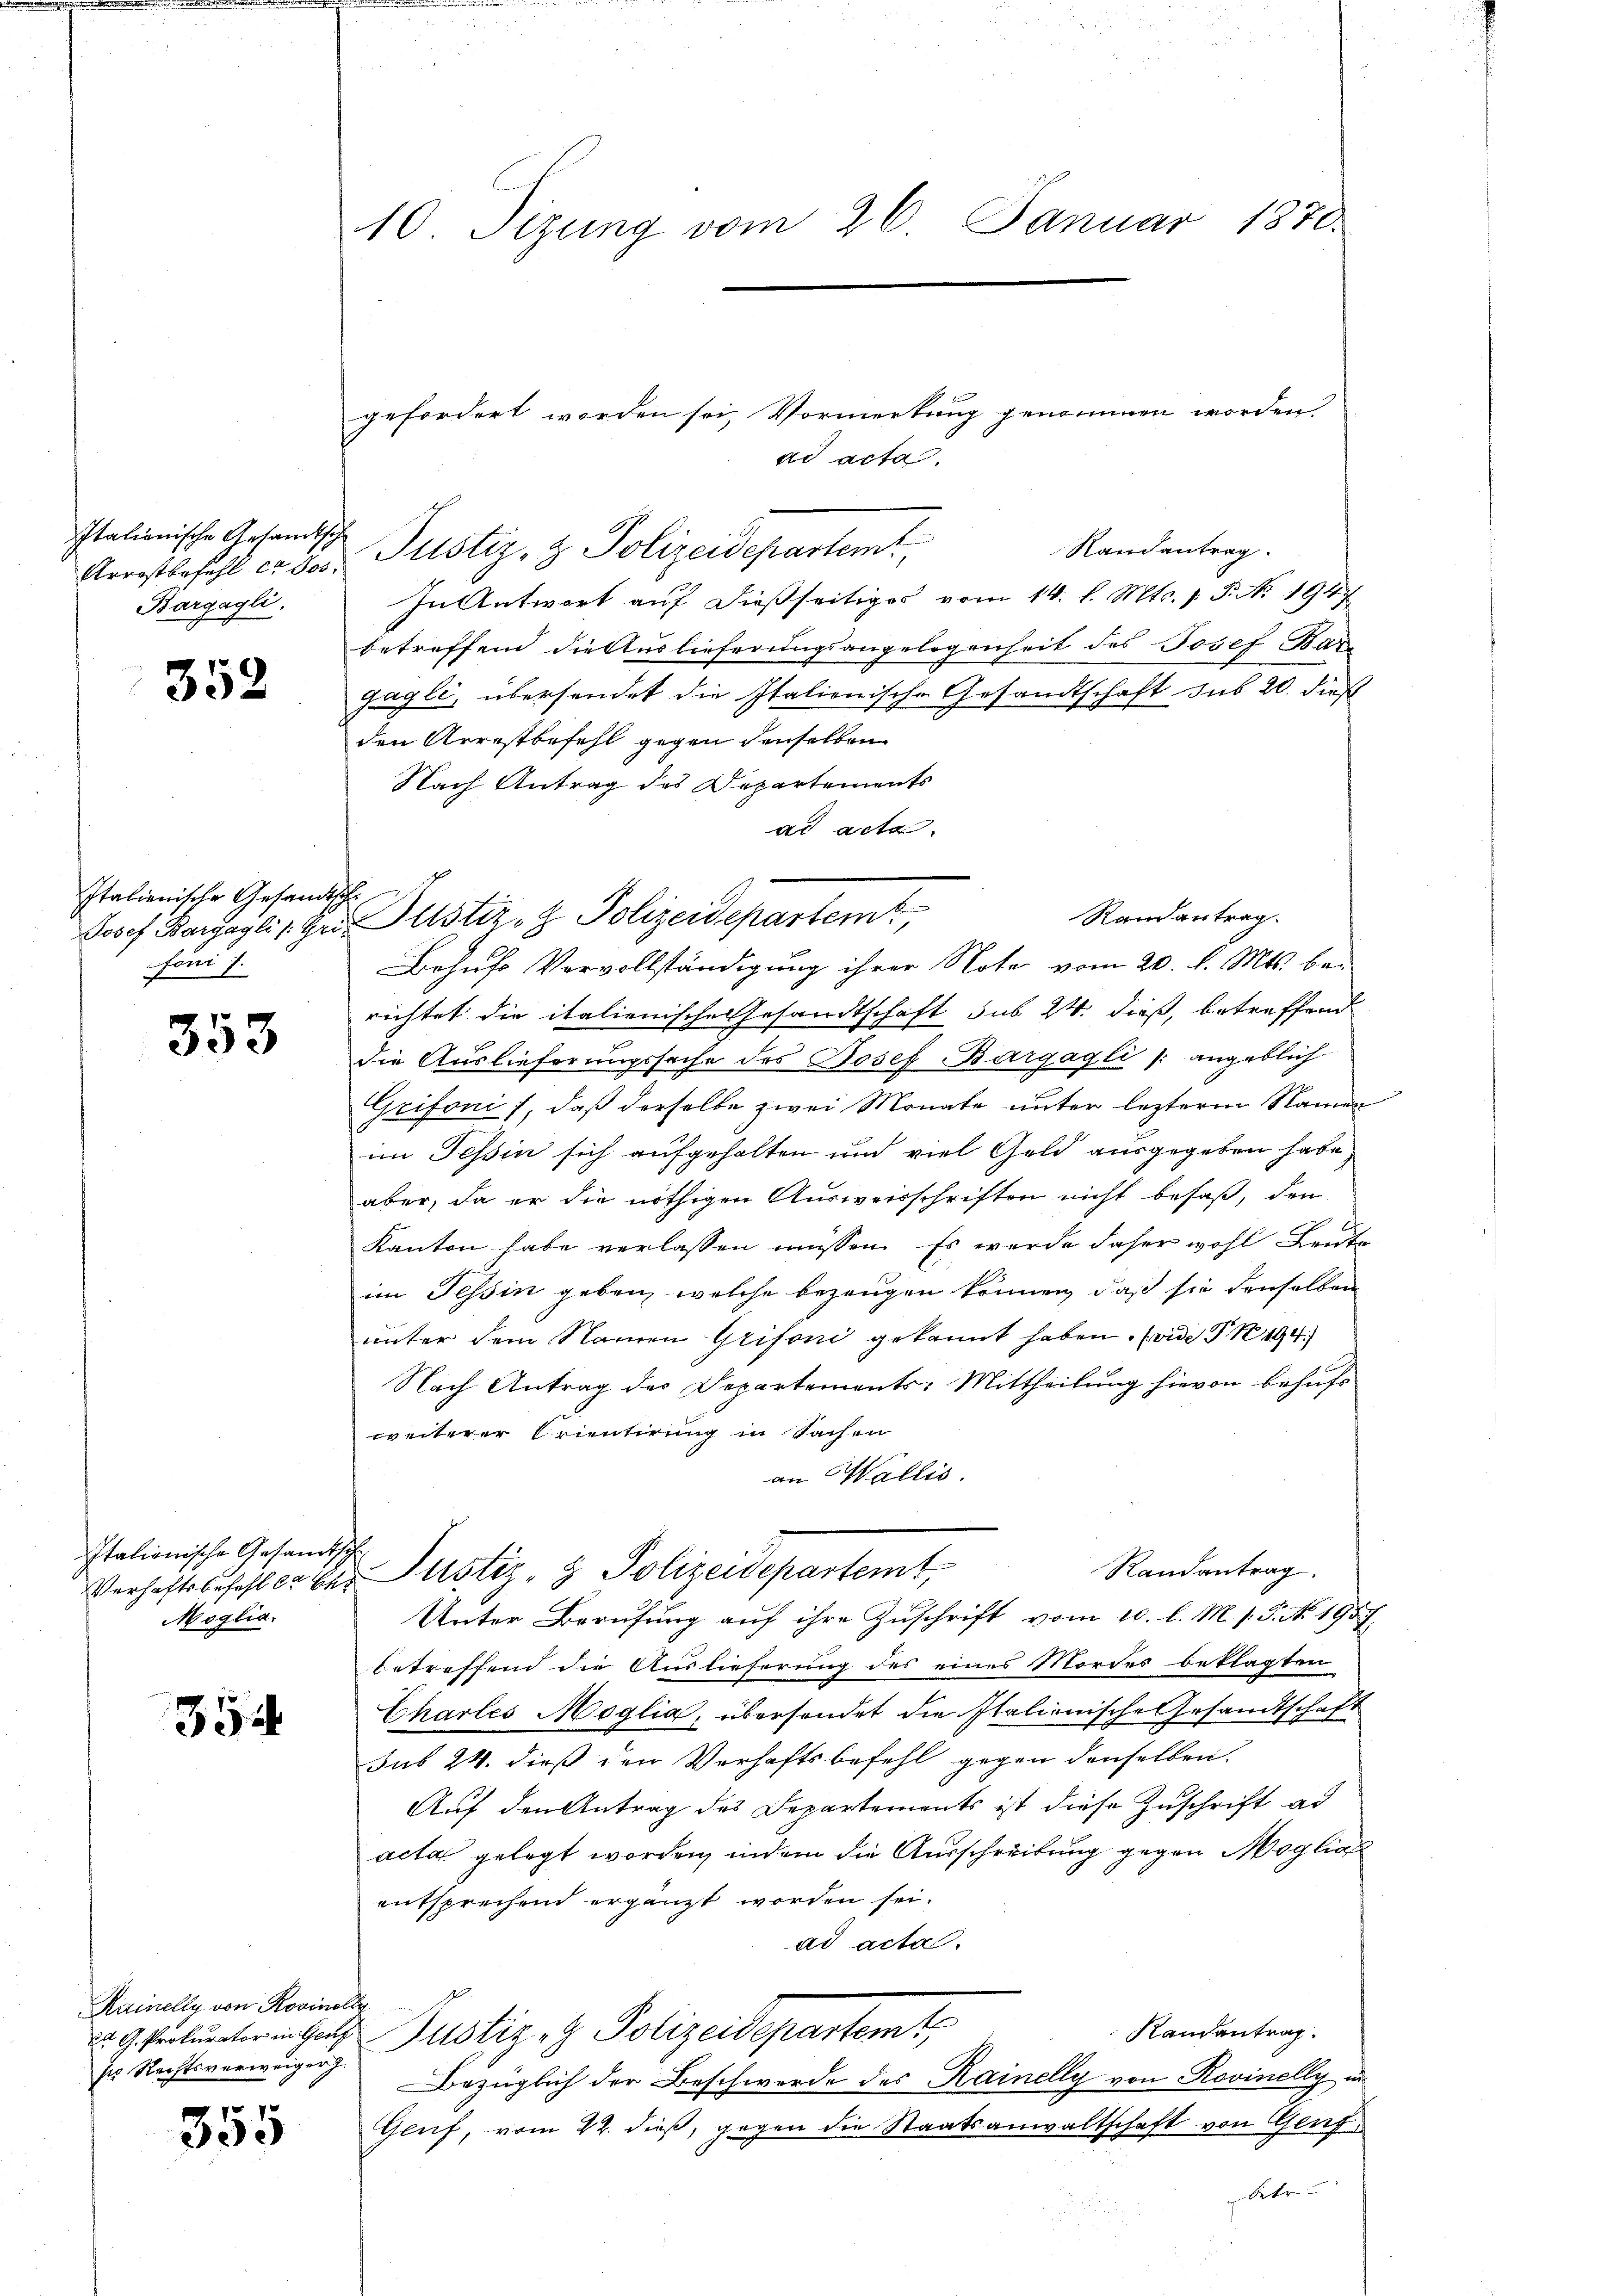
Italienische Gesandtsch
Arrostbefehl er Jos.
Bargagli.

352

Italienische Gesandt
foni 7.

353

Italionische Gesand¬
Verhaftsbefehl 22 Er
Moglia.

354

Karinelly von Rosinelle
ses Rechtsverweiger J.

7
395

10. Sizung vom 26. Januar 1870.

Justiz- & Polizeidepartemt

i
Randantrag.
Josef Barzagli l. Gri Justiz- & Polizeidepartem

gefordert worden sei, Vormerkung genommen worden.
ad acta.
Randantrag.
In Antwort auf dießseitiges vom 14. l. Mts. 1. P. No. 1947
betreffend die Auslieferungsangelegenheit des Josef Bare
Gagli, übersendet die Italionische Gesandtschaft sub 20. dieß
den Arrestbefehl gegen denselben
Nach Antrag des Departements
ad acta.
Behufs Vervollständigung ihrer Note vom 20. d. Mts. bei
richtet die italienische Gesandtschaft sub 24. dieß, betreffend
die Auslieferungssache des Josef Bargagli /: angeblich
Grifonis, daß derselbe zwei Monate unter lezterm Namen
im Tessin sich aufgehalten und viel Geld ausgegeben habe
aber, da er die nöthigen Ausweisschriften nicht besaß, den
Kanton habe verlassen müssen. Es werde daher wohl Leuta
im Tessin geben, welche bezeugen können, daß sie denselben
unter dem Namen Grifoni gekannt haben. (vide PR 194.
Nach Antrag des Departements: Mittheilung hievon behufs
weiterer Crientirung in Sachen
an Wallis.
.
Randantrag.
er Justiz- & Polizeidepartemt,
Unter Berufung auf ihre Zuschrift vom 10. l. M. s. S. No. 1957
betreffend die Auslieferung des eines Mordes beklagten
Charles Möglia, übersondet die Italionische Gesandtschaft
sub 24. dieß den Verhaftsbefehl gegen denselben.
Auf den Antrag des Departements ist diese Zuschrift ad
acta gelegt worden, indem die Ausschreitung gegen Möglic
entsprechend ergänzt worden sei.
ad acta.
Randantrag.
2 9 Prokurater in Hals Justiz - Polizeidepartem t
Bezüglich der Beschwerde des Kainelly von Rovinelly in
Genf, vom 22. dieß, gegen die Staatsanwaltschaft von Genf
A